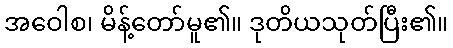
အဝေါစ၊ မိန့်တော်မူ၏။ ဒုတိယသုတ်ပြီး၏။